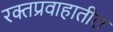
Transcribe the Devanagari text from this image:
रक्तप्रवाहातील